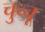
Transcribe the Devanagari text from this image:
चुच्चू